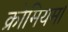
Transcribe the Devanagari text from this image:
क्रोमियम।